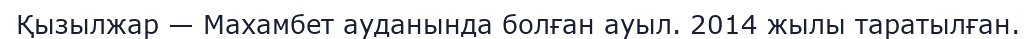
Қызылжар — Махамбет ауданында болған ауыл. 2014 жылы таратылған.